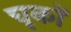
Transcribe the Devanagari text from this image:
चू्कों